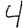
Digit: 4